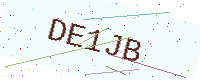
Text: DE1JB